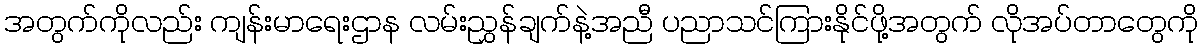
အတွက်ကိုလည်း ကျန်းမာရေးဌာန လမ်းညွှန်ချက်နဲ့အညီ ပညာသင်ကြားနိုင်ဖို့အတွက် လိုအပ်တာတွေကို